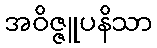
အဝိဇ္ဇူပနိသာ